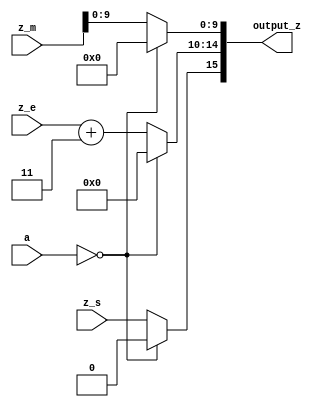
`define SIMULATION_MEMORY
//`define SIMULATION_addfp
`define VECTOR_DEPTH 64 //Q,K,V vector size
`define DATA_WIDTH 16
`define VECTOR_BITS 1024 // 16 bit each (16x64)
`define NUM_WORDS 32   //num of words in the sentence
`define BUF_AWIDTH 4 //16 entries in each buffer ram
`define BUF_LOC_SIZE 4 //4 words in each addr location
`define OUT_RAM_DEPTH 512 //512 entries in output bram
//`define EXPONENT 8
//`define MANTISSA 7
`define EXPONENT 5
`define MANTISSA 10
`define SIGN 1
`define DWIDTH (`SIGN+`EXPONENT+`MANTISSA)
`define DEFINES_DONE
`define DATAWIDTH (`SIGN+`EXPONENT+`MANTISSA)
`define IEEE_COMPLIANCE 1
`define NUM 4
`define ADDRSIZE 4

module final_out (
  input [15:0] a,
  input [10:0] z_m,
  input [4:0] z_e,
  input z_s,
  output reg [15:0] output_z);

  always@(a or z_m or z_e or z_s) begin
    if (a == 16'b0) begin
		output_z = 16'b0;
	end
	else begin
      output_z[9:0] = z_m[9:0];
      output_z[14:10] = z_e + 8'd3;
      output_z[15] = z_s;
	end
  end

endmodule